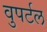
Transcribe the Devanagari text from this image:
वुपर्टल